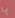
يا